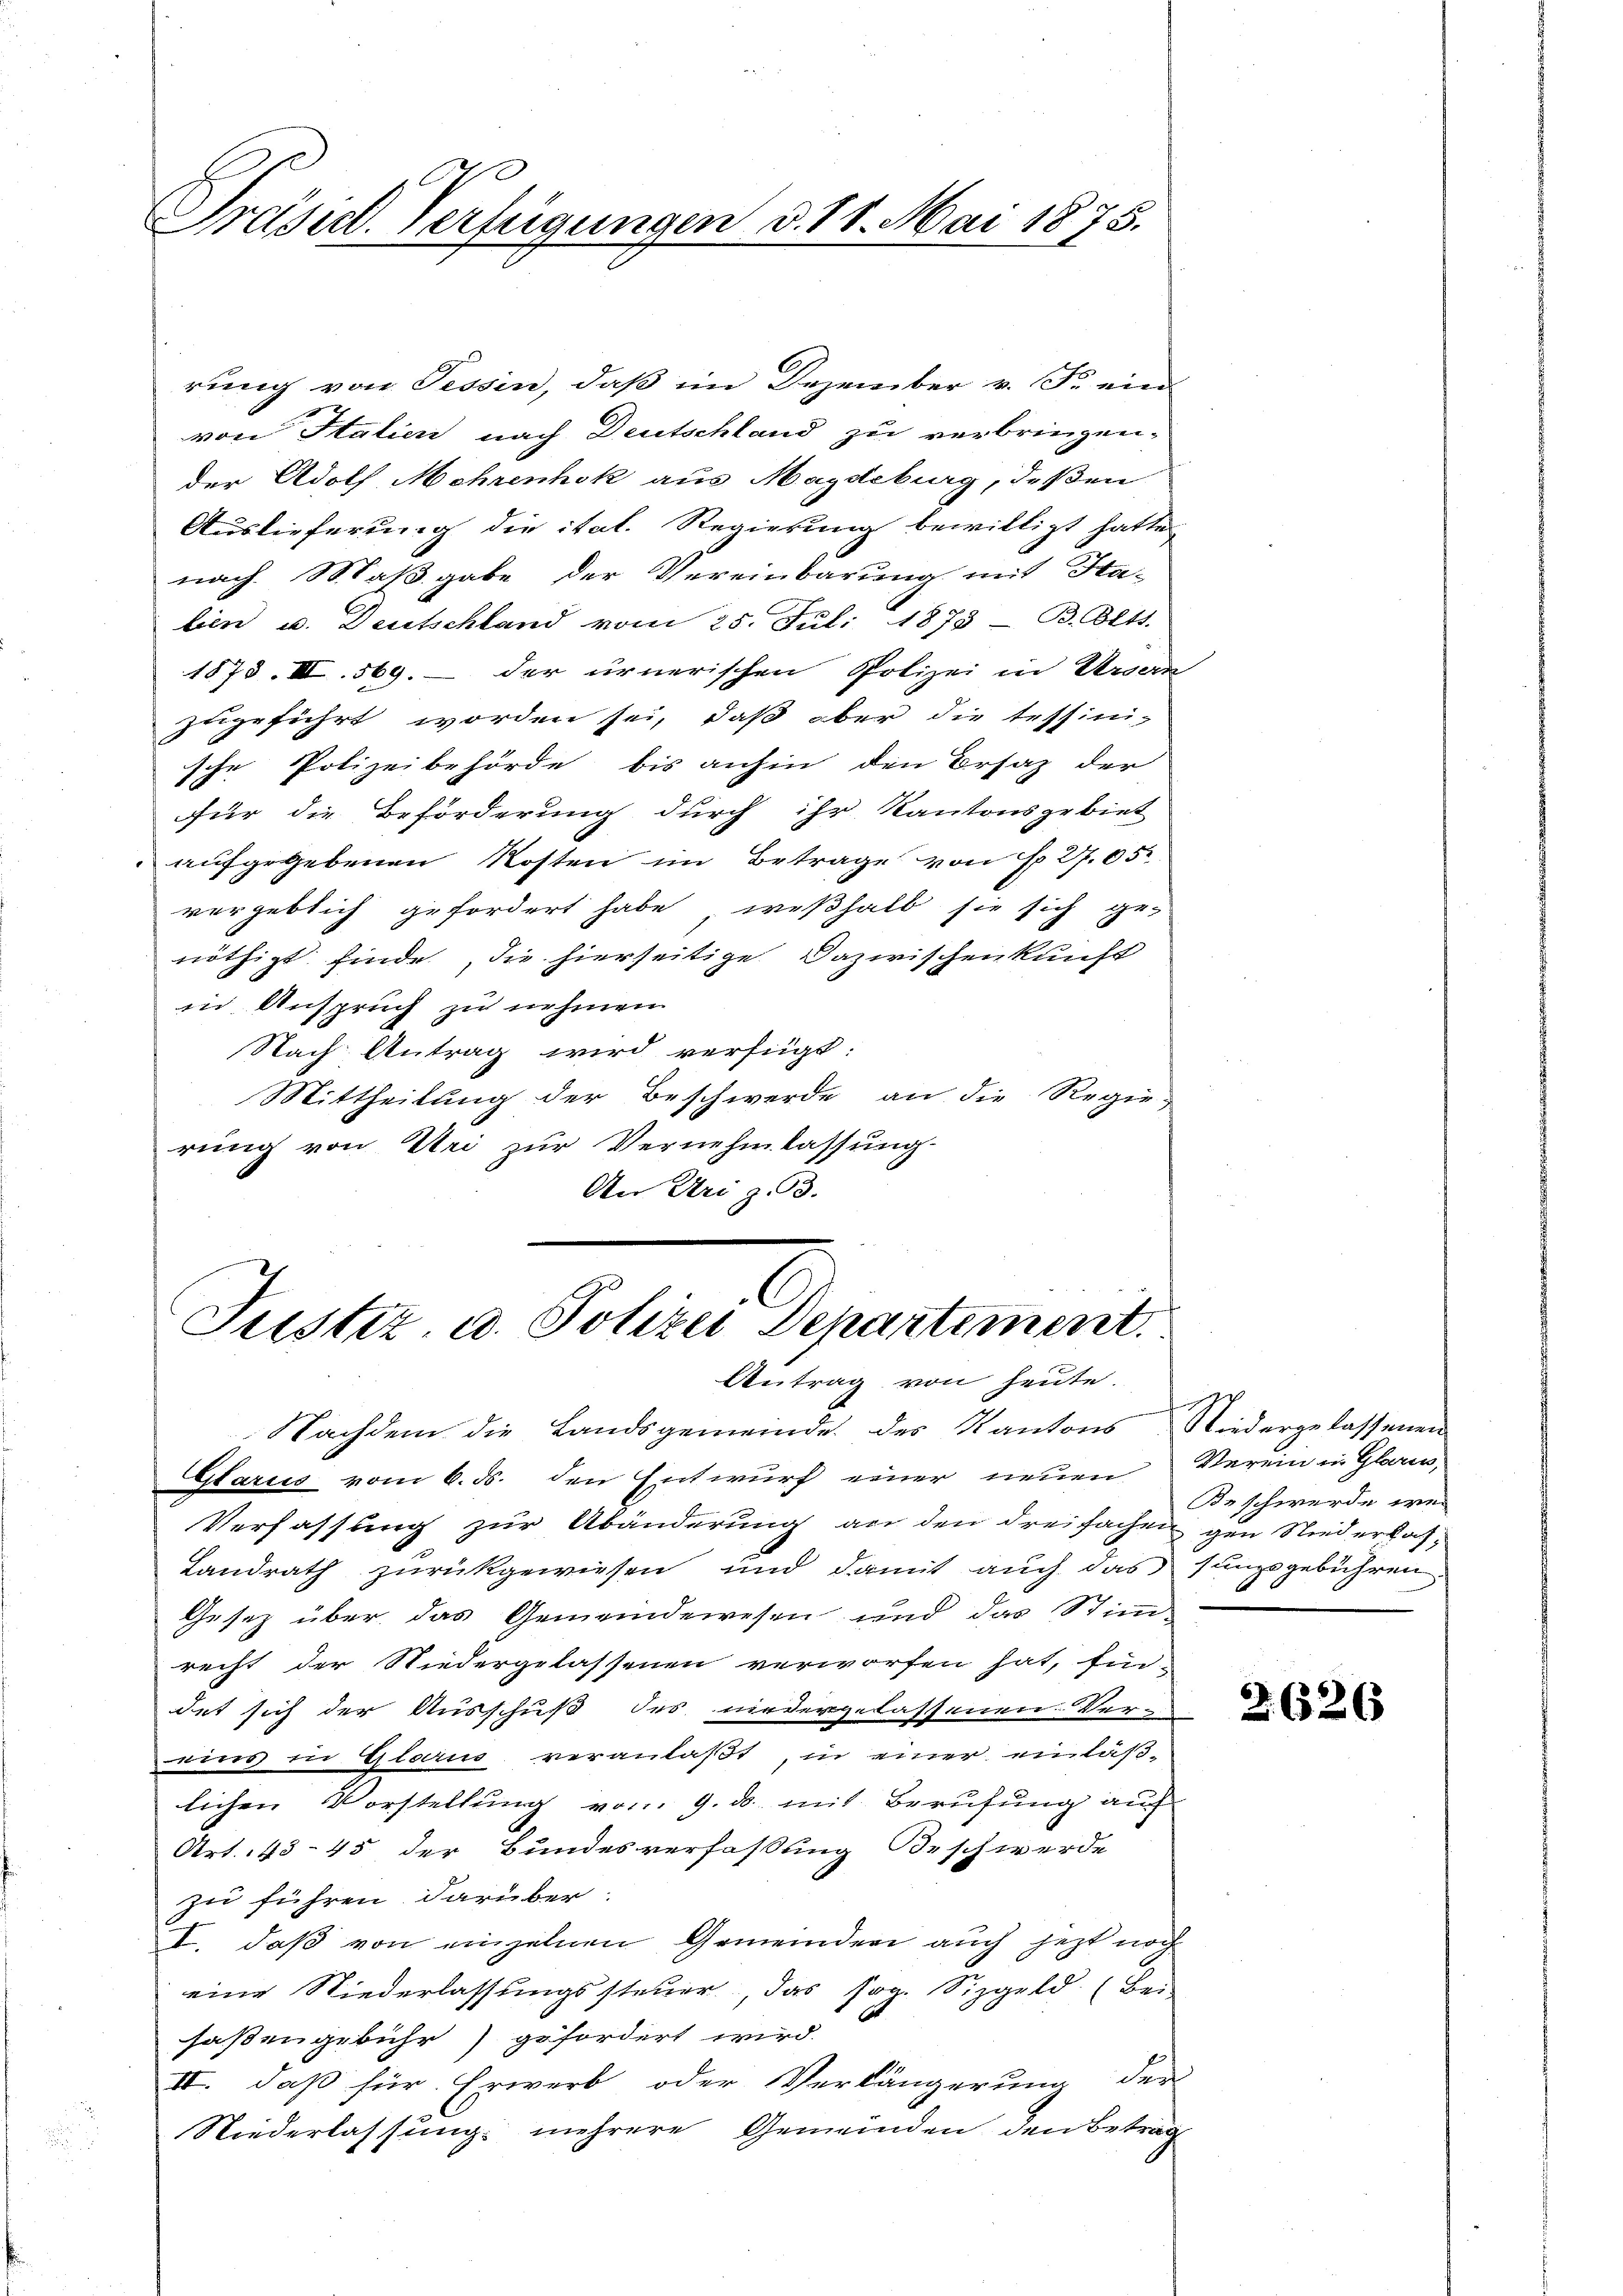
Präsid. Verfügungen d. 11. Mai 1875.

rung von Tessin, daß im Dezember v. Fr. ein-
von Italien nach Deutschland zu verbringen.
der Adolf Mehrenhok aus Magdeburg, deßen
Auslieferung die ital. Regierung bewilligt hatte
nach Maßgabe der Vereinbarung mit Ha-
lien u. Deutschland vom 25. Juli 1873 - B. Oltt.
1878. III. 569. – der urnerischen Polizei in Ursern
zugeführt worden sei, daß aber die tessini-
sche Polizeibehörde bis anhin den Ersaz der
für die Beförderung durch ihr Kantonsgebiet
aufgegebenen Kosten im Betrage von Fr. 27. 652
vergeblich gefordert habe, weßhalb sie sich genöthigt finde, die hierseitige Dazwischenkunft
in Anspruch zu nehmen
Nach Antrag wird verfügt:
Mittheilung der Beschwerde an die Regie-
rung von Uri zur Vernehmlassung
An Uri z. 93.

Justiz, u. Polizei Departement.
Antrag von heute.

Nachdem die Landsgemeinde des Kantons Niedergelassenen
Glarus vom 6. ds. den Entwurf einer neuen Verein in Glarus,
Verfassung zur Abänderung an den dreifachen gen Niederlas¬
Landrath zurückgewiesen und damit auch das sunzsgebühren,
Gesetz über das Gemeindewesen und das Stimm-
recht der Niedergelassenen verworfen hat, fin-
det sich der Ausschuß des niedergelassenen Ver-
eins in Glarus veranlaßt, in einer einläß-
lichen Vorstellung vom 9. ds. mit Berufung auch
Art. 43-45 der Bundesverfassung Beschwerde
zu führen darüber:
I. daß von einzelnen Gemeinden auch jetzt noch
eine Niederlassungssteuer, das sog. Sizgeld (Bei-
saßengebühr) gefordert wird.
II. daß für Erwerb oder Verlängerung der
Niederlassung mehrere Gemeinden den Betrag

Beschwerde wei

2626